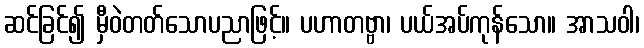
ဆင်ခြင်၍ မှီဝဲတတ်သောပညာဖြင့်။ ပဟာတဗ္ဗာ၊ ပယ်အပ်ကုန်သော။ အာသဝါ၊